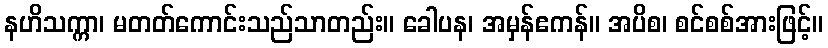
နဟိသက္ကာ၊ မတတ်ကောင်းသည်သာတည်း။ ခေါပန၊ အမှန်ဧကန်။ အပိစ၊ စင်စစ်အားဖြင့်။